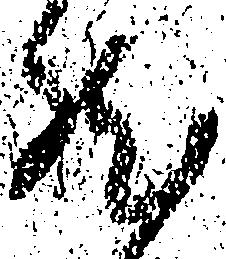
然